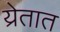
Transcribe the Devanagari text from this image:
य्रेतात